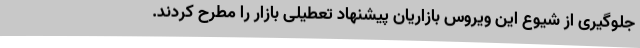
جلوگیری از شیوع این ویروس بازاریان پیشنهاد تعطیلی بازار را مطرح کردند.